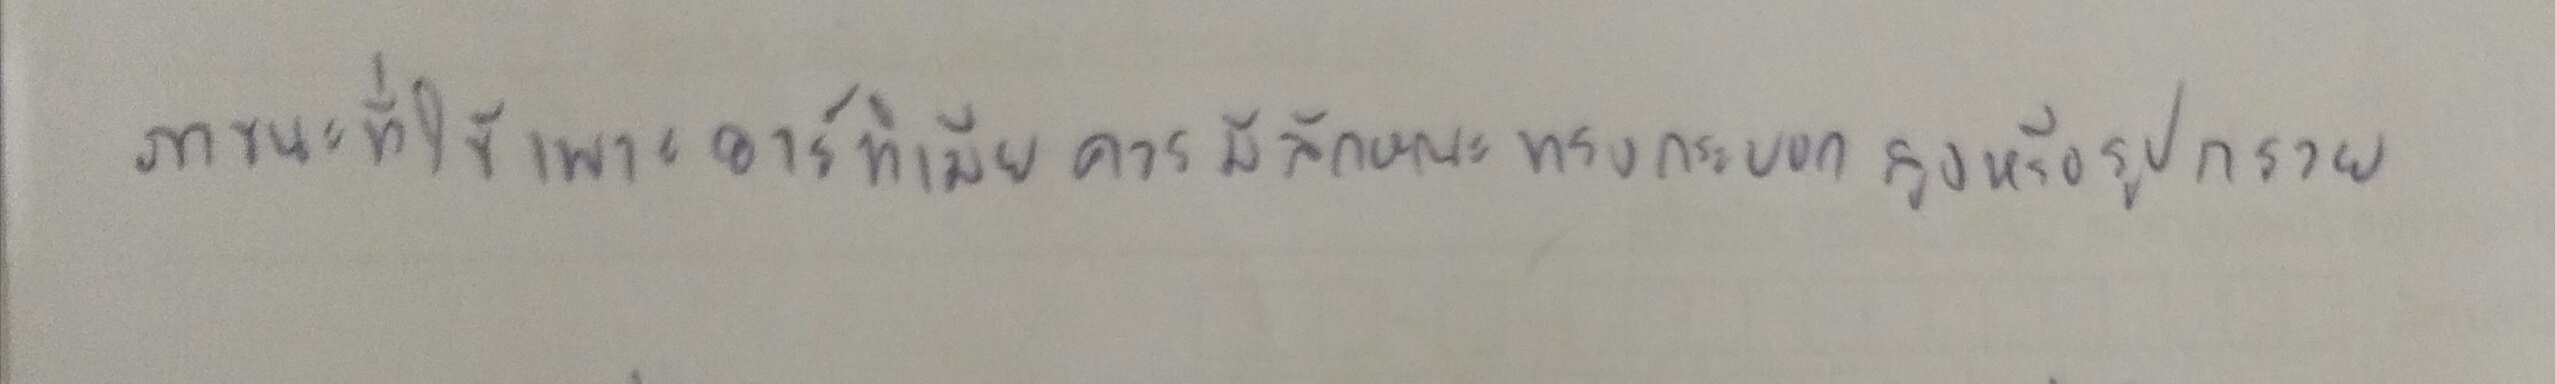
ภาชนะที่ใช้เพาะอาร์ทิเมียควรมีลักษณะทรงกระบอกสูงหรือรูปกรวย